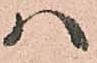
ハ